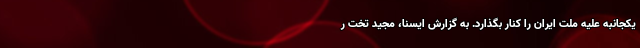
یکجانبه علیه ملت ایران را کنار بگذارد. به گزارش ایسنا، مجید تخت ر